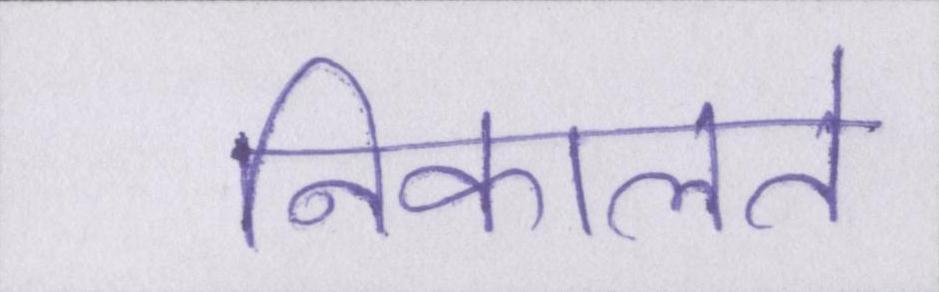
निकालते